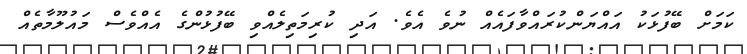
ކަމަށް ބޭފުޅަކު އައްޔަންކުރައްވާފައެއް ނުވެ އެވެ. އަދި ކުރިމަތިލެއްވި ބޭފުޅުންގެ އެއްވެސް މައުލޫމާތެއް